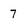
Character: 7